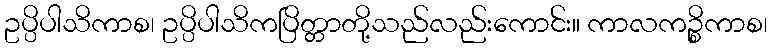
ဥပ္ပိပါသိကာစ၊ ဥပ္ပိပါသိကပြိတ္တာတို့သည်လည်းကောင်း။ ကာလကဉ္စိကာစ၊